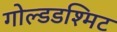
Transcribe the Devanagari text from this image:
गोल्डडश्मिट